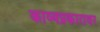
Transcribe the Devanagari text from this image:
काव्यप्रकारावर